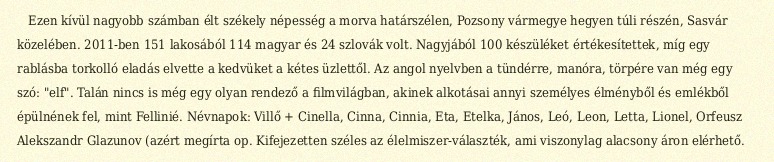
Ezen kívül nagyobb számban élt székely népesség a morva határszélen, Pozsony vármegye hegyen túli részén, Sasvár közelében. 2011-ben 151 lakosából 114 magyar és 24 szlovák volt. Nagyjából 100 készüléket értékesítettek, míg egy rablásba torkolló eladás elvette a kedvüket a kétes üzlettől. Az angol nyelvben a tündérre, manóra, törpére van még egy szó: "elf". Talán nincs is még egy olyan rendező a filmvilágban, akinek alkotásai annyi személyes élményből és emlékből épülnének fel, mint Fellinié. Névnapok: Villő + Cinella, Cinna, Cinnia, Eta, Etelka, János, Leó, Leon, Letta, Lionel, Orfeusz Alekszandr Glazunov (azért megírta op. Kifejezetten széles az élelmiszer-választék, ami viszonylag alacsony áron elérhető.